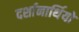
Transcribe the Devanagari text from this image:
दर्शानार्थियों